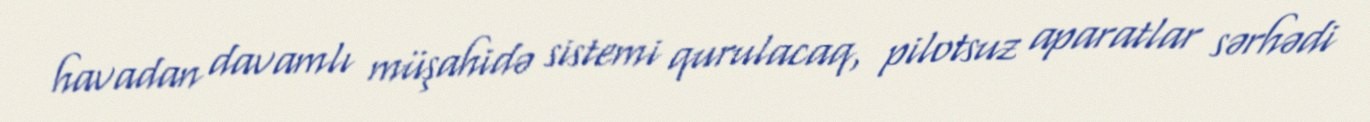
havadan davamlı müşahidə sistemi qurulacaq, pilotsuz aparatlar sərhədi